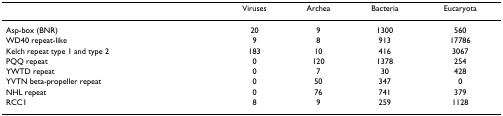
|  | Viruses | Archea | Bacteria | Eucaryota |
 | --- | --- | --- | --- | --- |
 | Asp-box (BNR) | 20 | 9 | 1300 | 560 |
 | WD40 repeat-like | 9 | 8 | 913 | 17786 |
 | Kelch repeat type 1 and type 2 | 183 | 10 | 416 | 3067 |
 | PQQ repeat | 0 | 120 | 1378 | 254 |
 | YWTD repeat | 0 | 7 | 30 | 428 |
 | YVTN beta-propeller repeat | 0 | 50 | 347 | 0 |
 | NHL repeat | 0 | 76 | 741 | 379 |
 | RCC1 | 8 | 9 | 259 | 1128 |